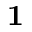
\mathbf { 1 }